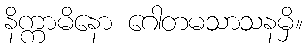
နိက္ကာမိနော ဂေါတမသာသနမှိ။